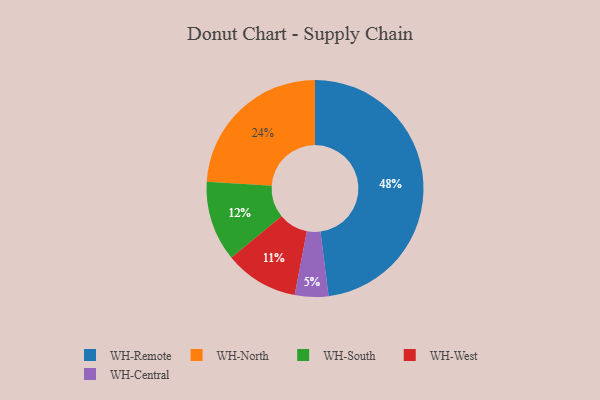
{"axis": {"x": "Category", "y": "Percentage"}, "legend": ["WH-Central", "WH-North", "WH-Remote", "WH-South", "WH-West"], "data": [{"x": "WH-Central", "y": 5, "type": "WH-Central"}, {"x": "WH-Remote", "y": 48, "type": "WH-Remote"}, {"x": "WH-North", "y": 24, "type": "WH-North"}, {"x": "WH-South", "y": 12, "type": "WH-South"}, {"x": "WH-West", "y": 11, "type": "WH-West"}]}